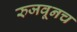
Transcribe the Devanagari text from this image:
रुजवूनच